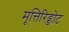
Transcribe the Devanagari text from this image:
मूत्तिरिङ्ङोट